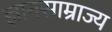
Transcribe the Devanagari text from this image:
ज्ञानसाम्राज्य